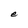
Character: e